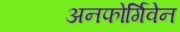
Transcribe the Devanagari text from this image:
अनफोर्गिवेन